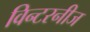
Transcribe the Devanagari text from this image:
विन्टरनीज